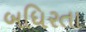
બધિરતા